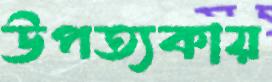
উপত্যকায়